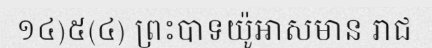
១៤)៥(៤) ព្រះបាទយ៉ូអាសមាន រាជ